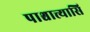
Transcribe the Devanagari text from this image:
पाश्चात्त्यासि